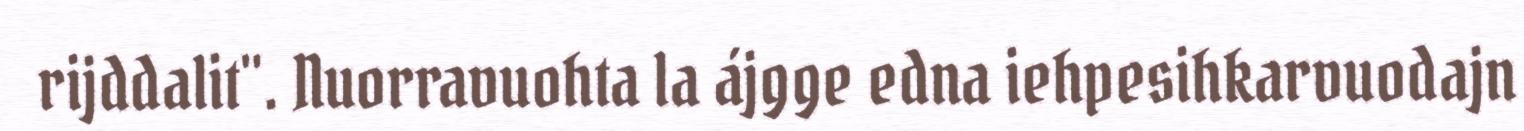
rijddalit". Nuorravuohta la ájgge edna iehpesihkarvuodajn